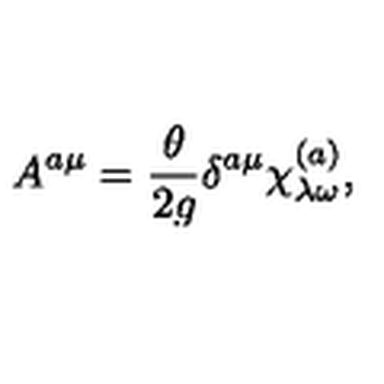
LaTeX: A ^ { a \mu } = \frac { \theta } { 2 g } \delta ^ { a \mu } \chi _ { \lambda \omega } ^ { ( a ) } ,